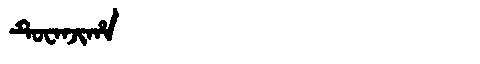
Manchu: ᡨᡠᠸᠠᠨᠵᡳᡥᠠ
Romanization: TUWANJIHA